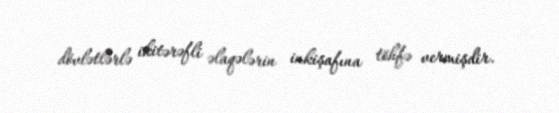
dövlətlərlə ikitərəfli əlaqələrin inkişafına töhfə vermişdir.